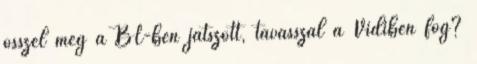
ősszel még a BL-ben játszott, tavasszal a Vidiben fog?